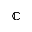
\mathbb C